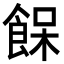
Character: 𩛴